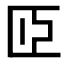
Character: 𦣝